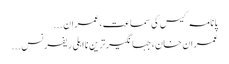
پانامہ کیس کی سماعت،عمران ...
عمران خان،جہانگیر ترین نااہلی ریفرنس ...